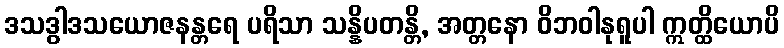
ဒသဒွါဒသယောဇနန္တရေ ပရိသာ သန္နိပတန္တိ, အတ္တနော ဝိဘဝါနုရူပါ ဣတ္ထိယောပိ